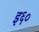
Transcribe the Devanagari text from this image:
इ६०